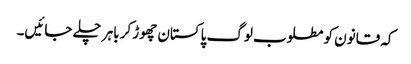
کہ قانون کو مطلوب لوگ پاکستان چھوڑ کر باہر چلے جائیں۔